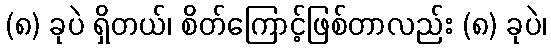
(၈) ခုပဲ ရှိတယ်၊ စိတ်ကြောင့်ဖြစ်တာလည်း (၈) ခုပဲ၊